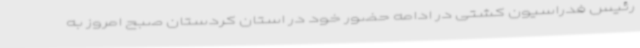
رئیس فدراسیون کشتی در ادامه حضور خود در استان کردستان صبح امروز به